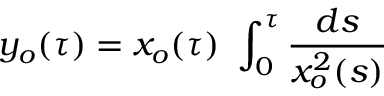
y _ { o } ( \tau ) = x _ { o } ( \tau ) \ \int _ { 0 } ^ { \tau } { \frac { d s } { x _ { o } ^ { 2 } ( s ) } }